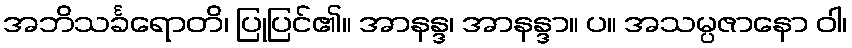
အဘိသင်္ခရောတိ၊ ပြုပြင်၏။ အာနန္ဒ၊ အာနန္ဒာ။ ပ။ အသမ္ပဇာနော ဝါ၊